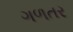
ગળતર